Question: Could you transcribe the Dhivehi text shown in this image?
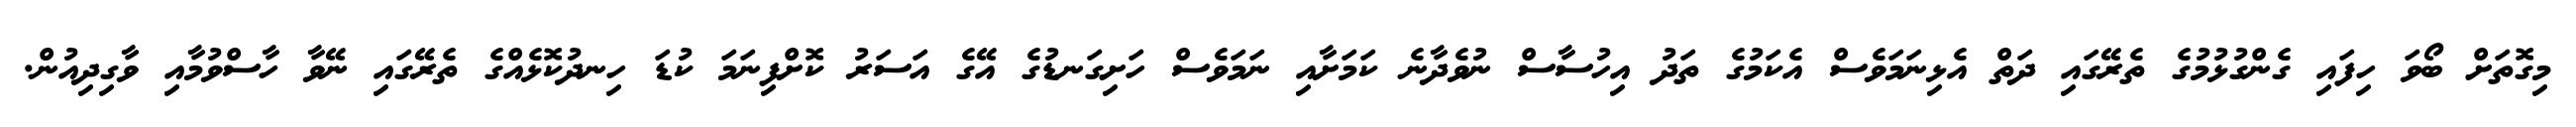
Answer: މިގޮތަށް ބޯވަ ހިފައި ގެންގުޅުމުގެ ތެރޭގައި ދަތް އެޅިނަމަވެސް އެކަމުގެ ތަދު އިހުސާސް ނުވެދާނެ ކަމަށާއި ނަމަވެސް ހަށިގަނޑުގެ އޭގެ އަސަރު ކޮށްފިނަމަ ކުޑަ ހިނދުކޮޅެއްގެ ތެރޭގައި ނޭވާ ހާސްވުމާއި ވާގިދިއުން.